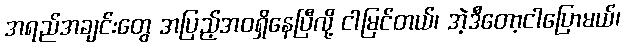
အရည်အချင်းတွေ အပြည့်အဝရှိနေပြီလို့ ငါမြင်တယ်၊ အဲ့ဒီတော့ငါပြောမယ်၊